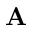
\mathbf { A }